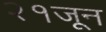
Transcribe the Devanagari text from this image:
२१जून